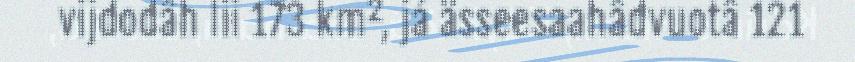
vijdodâh lii 173 km², já ässeesaahâdvuotâ 121